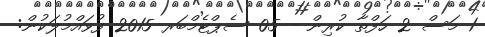
1 މަސް 2 ހަފްތާ ކުރިން - 05 ސެޕްޓެމްބަރ 2015 ފުވައްމުލަކުން: